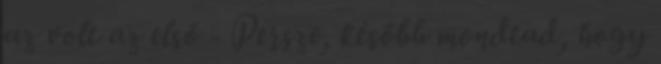
az volt az első - Persze, később mondtad, hogy